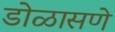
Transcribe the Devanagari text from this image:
डोळासणे